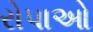
રોપાઓ